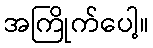
အကြိုက်ပေါ့။